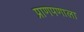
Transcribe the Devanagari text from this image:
प्राणपणाला